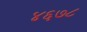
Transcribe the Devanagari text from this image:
४६७८